Vaccination in Bombay 1856-1862 - 1856-1862
Year: 1856
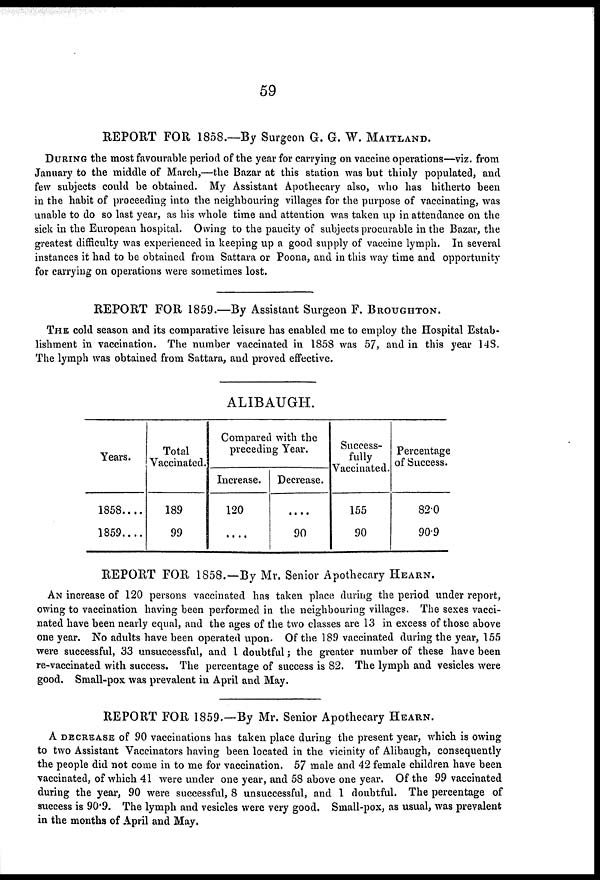
59
REPORT FOR 1858.—By Surgeon G. G. W. MAITLAND.
DURING the most favourable period of the year for carrying on vaccine operations—viz. from
January to the middle of March,—the Bazar at this station was but thinly populated, and
few subjects could be obtained. My Assistant Apothecary also, who has hitherto been
in the habit of proceeding into the neighbouring villages for the purpose of vaccinating, was
unable to do so last year, as his whole time and attention was taken up in attendance on the
sick in the European hospital. Owing to the paucity of subjects procurable in the Bazar, the
greatest difficulty was experienced in keeping up a good supply of vaccine lymph. In several
instances it had to be obtained from Sattara or Poona, and in this way time and opportunity
for carrying on operations were sometimes lost.
REPORT FOR 1859.—By Assistant Surgeon F. BROUGHTON.
THE cold season and its comparative leisure has enabled me to employ the Hospital Estab-
lishment in vaccination. The number vaccinated in 1858 was 57, and in this year 148.
The lymph was obtained from Sattara, and proved effective.
ALIBAUGH.
Years.
1858....
1859....
Total
Vaccinated.
189
99
Compared with the
preceding Year.
Increase.
120
....
Decrease.
....
90
Success-
fully
Vaccinated.
155
90
Percentage
of Success.
82.0
90.9
REPORT FOR 1858.—By Mr. Senior Apothecary HEARN.
AN increase of 120 persons vaccinated has taken place during the period under report,
owing to vaccination having been performed in the neighbouring villages. The sexes vacci-
nated have been nearly equal, and the ages of the two classes are 13 in excess of those above
one year. No adults have been operated upon. Of the 189 vaccinated during the year, 155
were successful, 33 unsuccessful, and 1 doubtful; the greater number of these have been
re-vaccinated with success. The percentage of success is 82. The lymph and vesicles were
good. Small-pox was prevalent in April and May.
REPORT FOR 1859.—By Mr. Senior Apothecary HEARN.
A DECREASE of 90 vaccinations has taken place during the present year, which is owing
to two Assistant Vaccinators having been located in the vicinity of Alibaugh, consequently
the people did not come in to me for vaccination. 57 male and 42 female children have been
vaccinated, of which 41 were under one year, and 58 above one year. Of the 99 vaccinated
during the year, 90 were successful, 8 unsuccessful, and 1 doubtful. The percentage of
success is 90.9. The lymph and vesicles were very good. Small-pox, as usual, was prevalent
in the months of April and May.